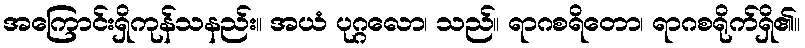
အကြောင်းရှိကုန်သနည်း။ အယံ ပုဂ္ဂလော၊ သည်။ ရာဂစရိတော၊ ရာဂစရိုက်ရှိ၏။